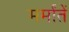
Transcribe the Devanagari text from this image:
मर्मांतें